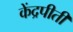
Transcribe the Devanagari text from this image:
केंद्रपीती